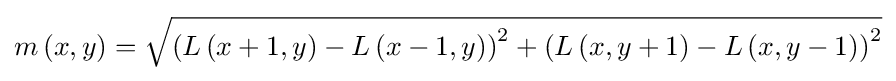
m\left(x,y\right)={\sqrt {\left(L\left(x+1,y\right)-L\left(x-1,y\right)\right)^{2}+\left(L\left(x,y+1\right)-L\left(x,y-1\right)\right)^{2}}}